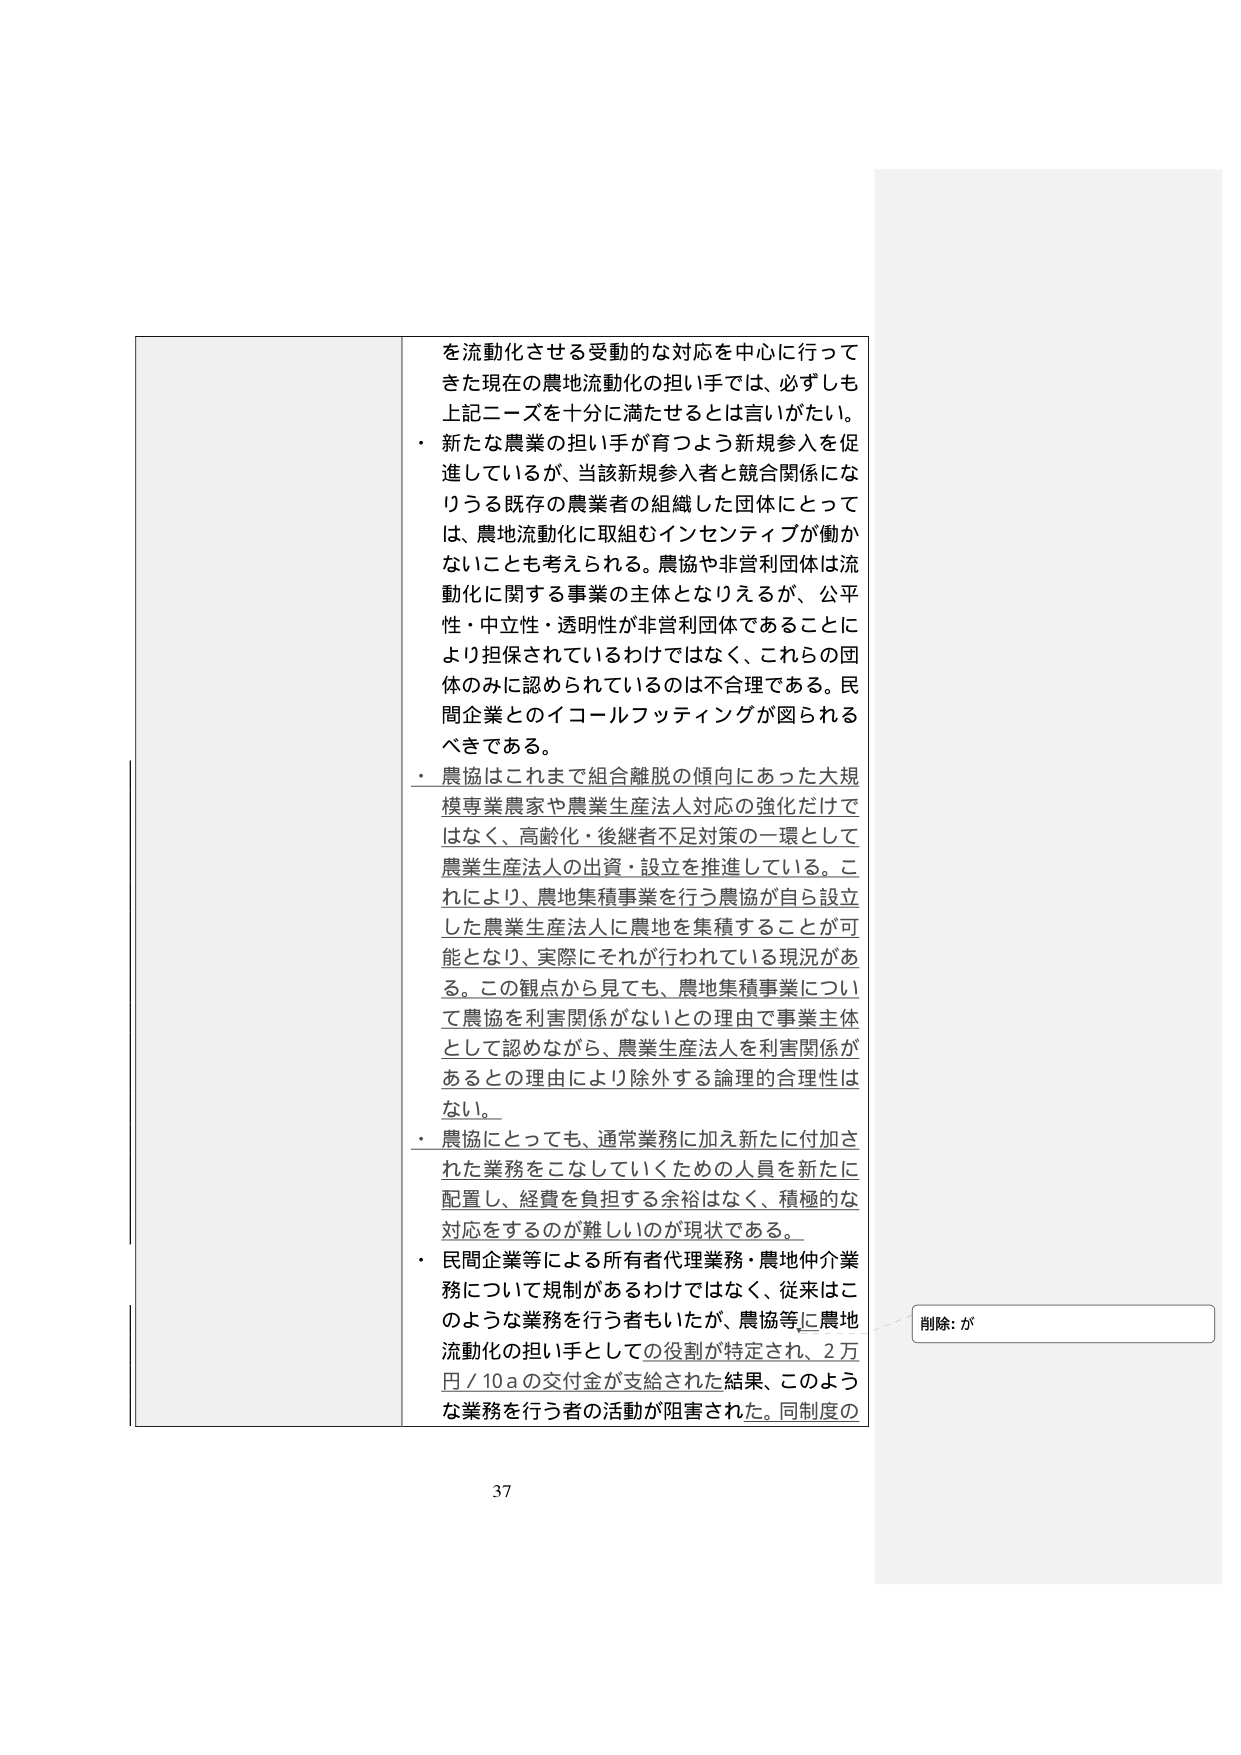
を流動化させる受動的な対応を中心に行って
きた現在の農地流動化の担い手では、必ずしも
上記ニーズを十分に満たせるとは言いがたい。
・ 新たな農業の担い手が育つよう新規参入を促
進しているが、当該新規参入者と競合関係にな
りうる既存の農業者の組織した団体にとって
は、農地流動化に取組むインセンティブが働か
ないことも考えられる。農協や非営利団体は流
動化に関する事業の主体となりえるが、公平
性・中立性・透明性が非営利団体であることに
より担保されているわけではなく、これらの団
体のみに認められているのは不合理である。民
間企業とのイコールフッティングが図られる
べきである。
・ 農協はこれまで組合離脱の傾向にあった大規
模専業農家や農業生産法人対応の強化だけで
はなく、高齢化・後継者不足対策の一環として
農業生産法人の出資・設立を推進している。こ
れにより、農地集積事業を行う農協が自ら設立
した農業生産法人に農地を集積することが可
能となり、実際にそれが行われている現況があ
る。この観点から見ても、農地集積事業につい
て農協を利害関係がないとの理由で事業主体
として認めながら、農業生産法人を利害関係が
あるとの理由により除外する論理的合理性は
ない。
・ 農協にとっても、通常業務に加え新たに付加さ
れた業務をこなしていくための人員を新たに
配置し、経費を負担する余裕はなく、積極的な
対応をするのが難しいのが現状である。
・ 民間企業等による所有者代理業務・農地仲介業
務について規制があるわけではなく、従来はこ
のような業務を行う者もいたが、農協等に農地
流動化の担い手としての役割が特定され、2万
円／10aの交付金が支給された結果、このような
業務を行う者の活動が阻害された。同制度の
削除: が
37